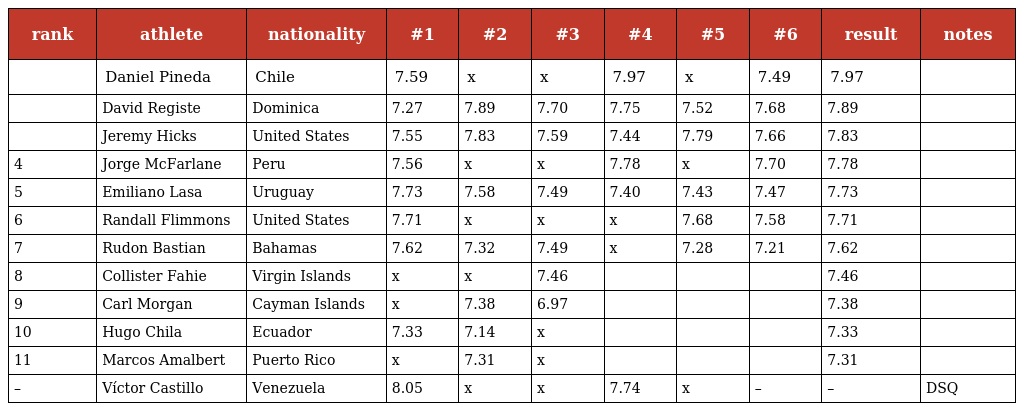
| rank | athlete | nationality | #1 | #2 | #3 | #4 | #5 | #6 | result | notes |
 | --- | --- | --- | --- | --- | --- | --- | --- | --- | --- | --- |
 |  | Daniel Pineda | Chile | 7.59 | x | x | 7.97 | x | 7.49 | 7.97 |  |
 |  | David Registe | Dominica | 7.27 | 7.89 | 7.70 | 7.75 | 7.52 | 7.68 | 7.89 |  |
 |  | Jeremy Hicks | United States | 7.55 | 7.83 | 7.59 | 7.44 | 7.79 | 7.66 | 7.83 |  |
 | 4 | Jorge McFarlane | Peru | 7.56 | x | x | 7.78 | x | 7.70 | 7.78 |  |
 | 5 | Emiliano Lasa | Uruguay | 7.73 | 7.58 | 7.49 | 7.40 | 7.43 | 7.47 | 7.73 |  |
 | 6 | Randall Flimmons | United States | 7.71 | x | x | x | 7.68 | 7.58 | 7.71 |  |
 | 7 | Rudon Bastian | Bahamas | 7.62 | 7.32 | 7.49 | x | 7.28 | 7.21 | 7.62 |  |
 | 8 | Collister Fahie | Virgin Islands | x | x | 7.46 |  |  |  | 7.46 |  |
 | 9 | Carl Morgan | Cayman Islands | x | 7.38 | 6.97 |  |  |  | 7.38 |  |
 | 10 | Hugo Chila | Ecuador | 7.33 | 7.14 | x |  |  |  | 7.33 |  |
 | 11 | Marcos Amalbert | Puerto Rico | x | 7.31 | x |  |  |  | 7.31 |  |
 | – | Víctor Castillo | Venezuela | 8.05 | x | x | 7.74 | x | – | – | DSQ |